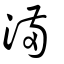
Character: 滿